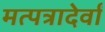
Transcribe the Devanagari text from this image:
मत्पत्रादेर्वां